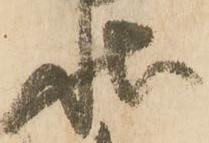
状